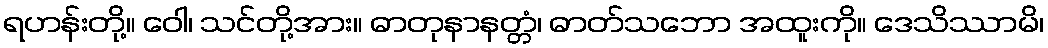
ရဟန်းတို့။ ဝေါ၊ သင်တို့အား။ ဓာတုနာနတ္တံ၊ ဓာတ်သဘော အထူးကို။ ဒေသိဿာမိ၊